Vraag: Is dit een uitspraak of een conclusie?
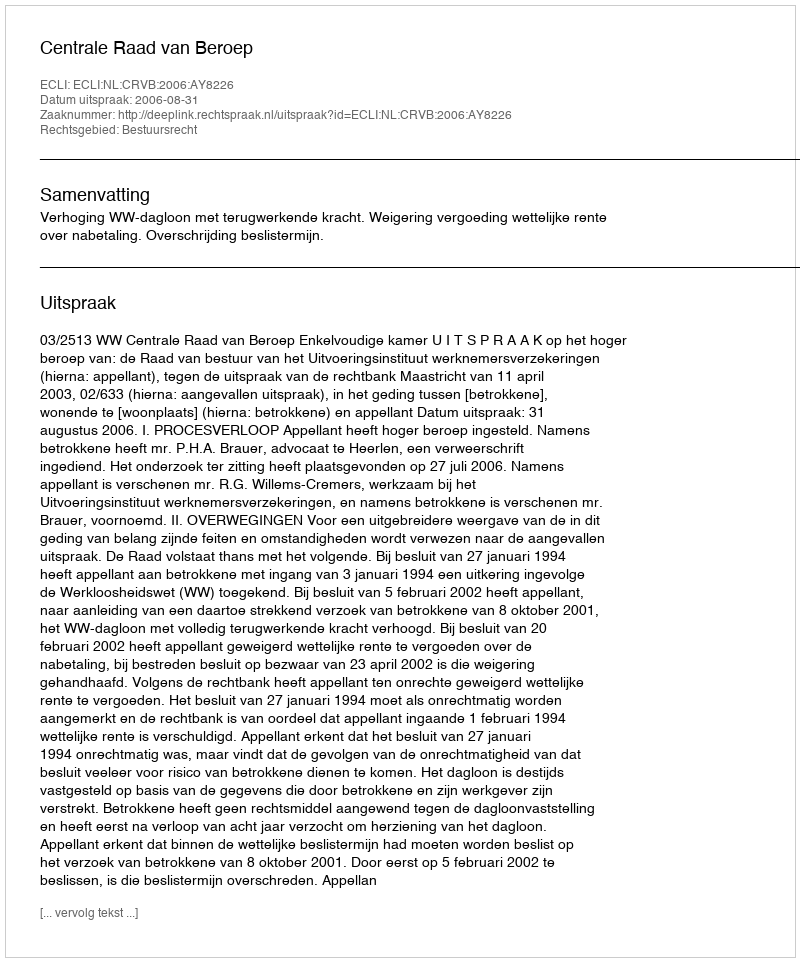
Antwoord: Uitspraak